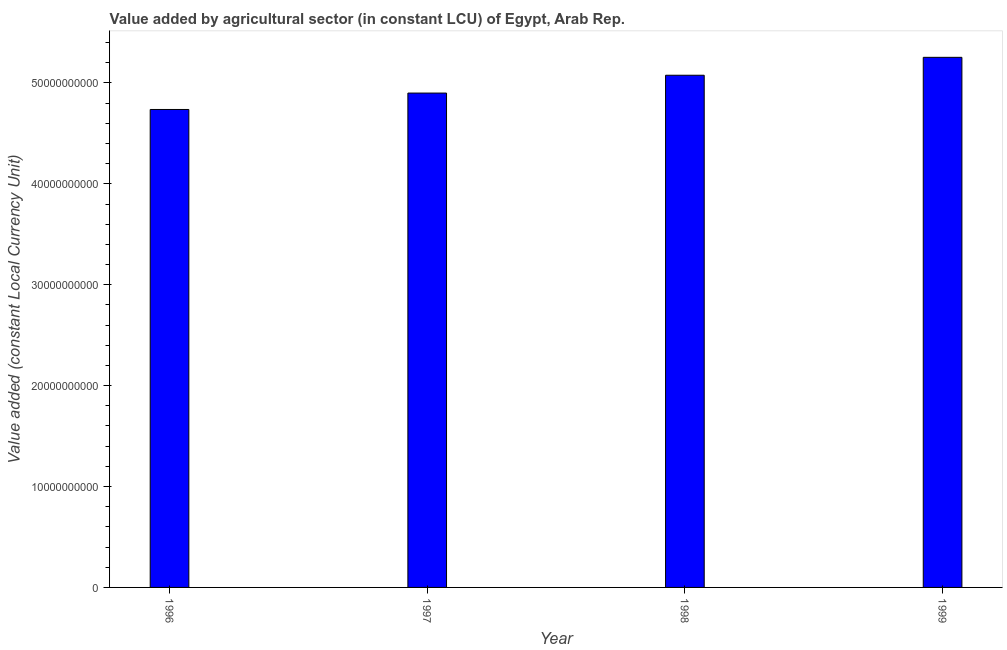
| Year | Agriculture |
 | --- | --- |
 | 1996 | 4.74e+10 |
 | 1997 | 4.9e+10 |
 | 1998 | 5.08e+10 |
 | 1999 | 5.25e+10 |